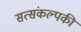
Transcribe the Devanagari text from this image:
सत्संकल्पकी